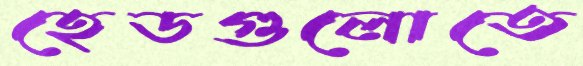
হেডগুলোতে